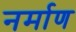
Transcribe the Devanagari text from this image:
नर्माण